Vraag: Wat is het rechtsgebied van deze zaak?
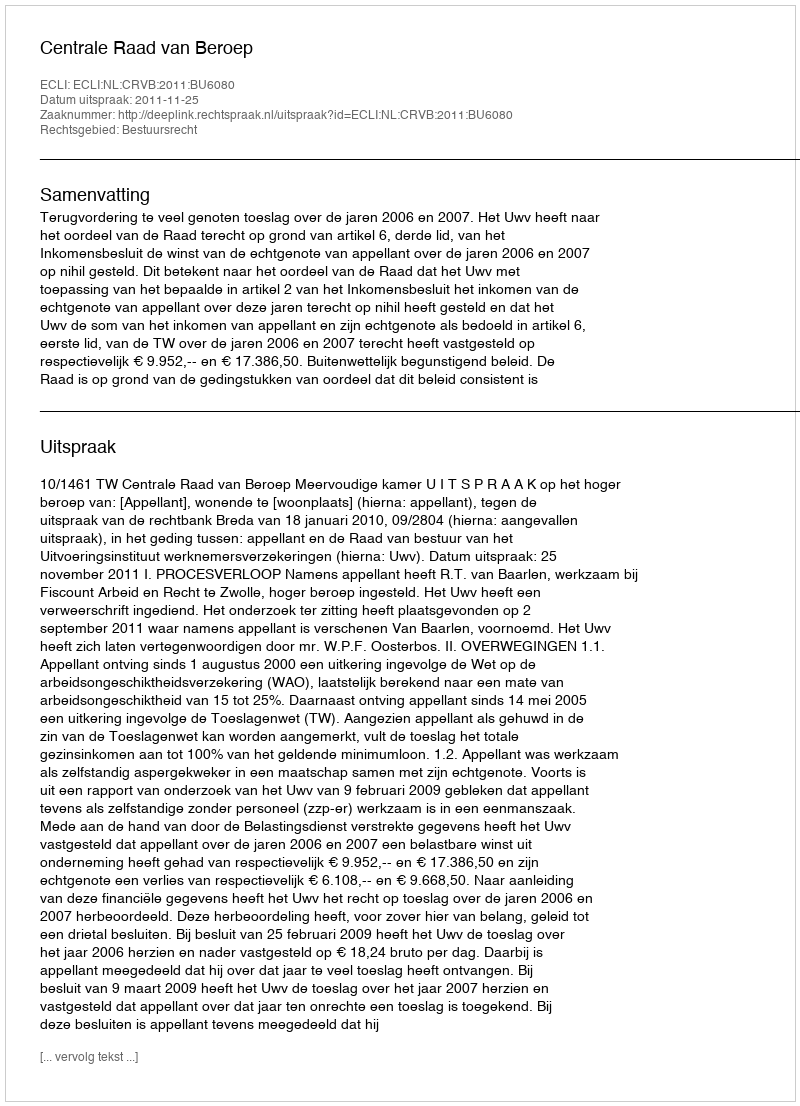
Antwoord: Bestuursrecht